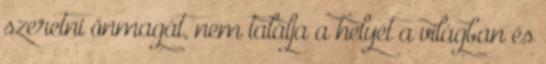
szeretni önmagát, nem találja a helyét a világban és